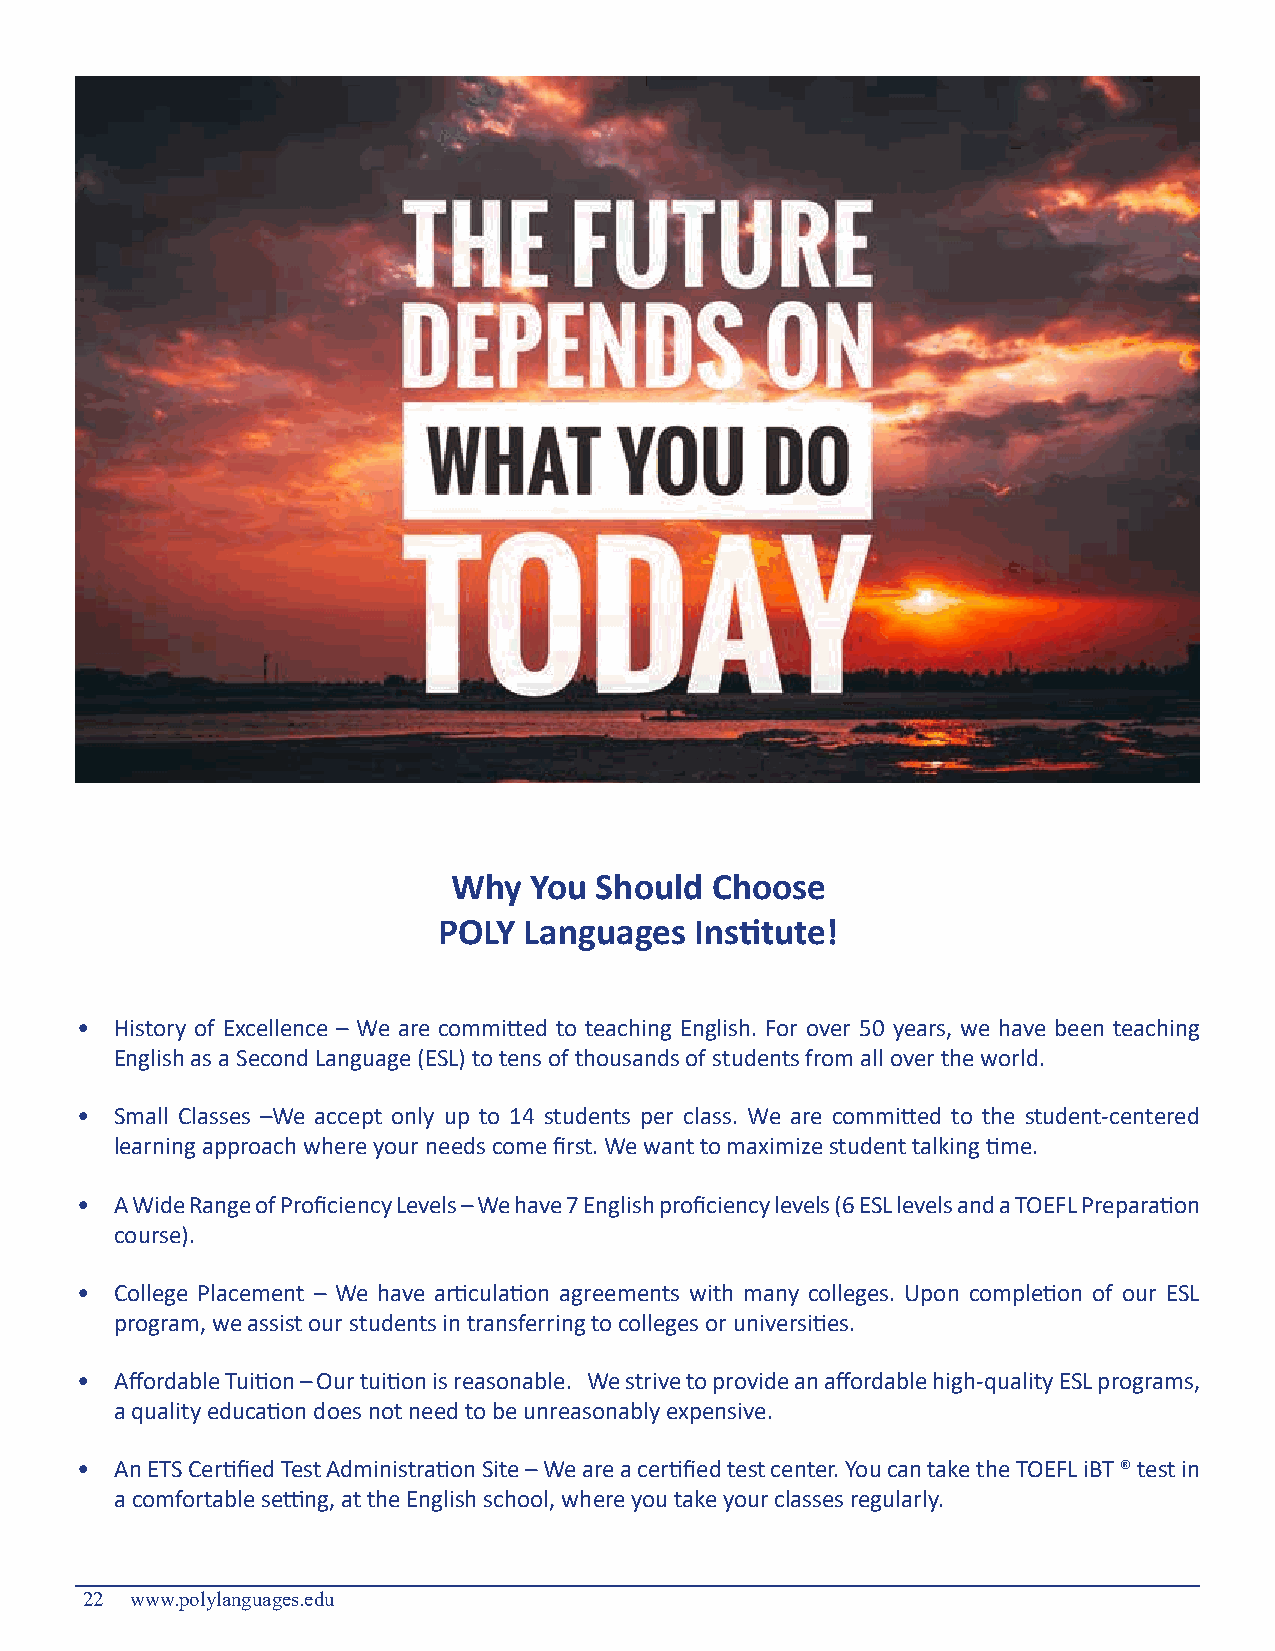
Why  You Should  Choose
 POLY  Languages  Institute!
 •  History of Excellence – We are committed to teaching English. For over 50 years, we have been teaching
 English as a Second Language (ESL) to tens of thousands of students from all over the world.
 •  Small Classes –We accept only up to 14 students per class. We are committed to the student-centered
 learning approach where your needs come first. We want to maximize student talking time.
 •  A Wide Range of Proficiency Levels – We have 7 English proficiency levels (6 ESL levels and a TOEFL Preparation
 course).
 •  College Placement – We have articulation agreements with many colleges. Upon completion of our ESL
 program, we assist our students in transferring to colleges or universities.
 •  Affordable Tuition – Our tuition is reasonable. We strive to provide an affordable high-quality ESL programs,
 a quality education does not need to be unreasonably expensive.
 •  An ETS Certified Test Administration Site – We are a certified test center. You can take the TOEFL iBT ® test in
 a comfortable setting, at the English school, where you take your classes regularly.
 22  www.polylanguages.edu